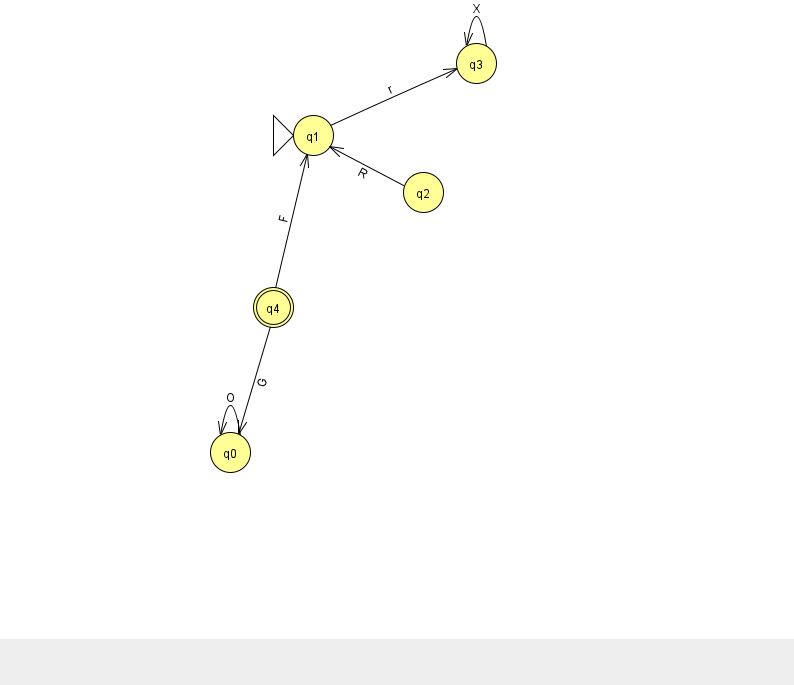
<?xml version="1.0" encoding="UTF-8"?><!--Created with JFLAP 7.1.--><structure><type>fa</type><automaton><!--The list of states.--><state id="0" name="q0"><x>230.0</x><y>439.0</y></state><state id="1" name="q1"><x>313.0</x><y>122.0</y><initial/></state><state id="2" name="q2"><x>423.0</x><y>179.0</y></state><state id="3" name="q3"><x>476.0</x><y>50.0</y></state><state id="4" name="q4"><x>273.0</x><y>294.0</y><final/></state><!--The list of transitions.--><transition><from>1</from><to>3</to><read>r</read></transition><transition><from>4</from><to>1</to><read>F</read></transition><transition><from>3</from><to>3</to><read>X</read></transition><transition><from>4</from><to>0</to><read>G</read></transition><transition><from>2</from><to>1</to><read>R</read></transition><transition><from>0</from><to>0</to><read>O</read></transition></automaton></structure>